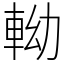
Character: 軪